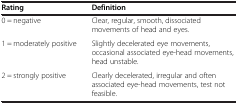
<table><thead><tr><td><b>Rating</b></td><td><b>Definition</b></td></tr></thead><tbody><tr><td>0 = negative</td><td>Clear, regular, smooth, dissociated movements of head and eyes.</td></tr><tr><td>1 = moderately positive</td><td>Slightly decelerated eye movements, occasional associated eye-head movements, head unstable.</td></tr><tr><td>2 = strongly positive</td><td>Clearly decelerated, irregular and often associated eye-head movements, test not feasible.</td></tr></tbody></table>